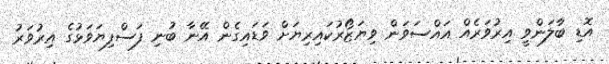
އޮޑި ބާލަންވީ އިރުވަރެއް އައްސަވަން ވިޔަޒޯރުކައިރިޔަށް ވަޑައިގެން އޭނާ ބުނި ފަސްފިޔަވަޅުގެ އިރުވަރު